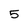
Character: 5